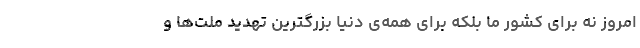
امروز نه برای کشور ما بلکه برای همه‌ی دنیا بزرگترین تهدید ملت‌ها و